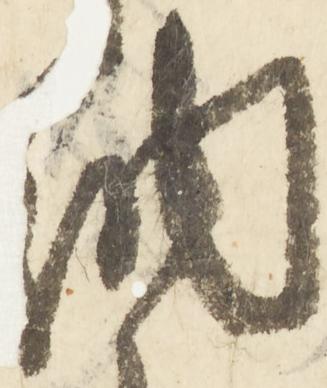
納